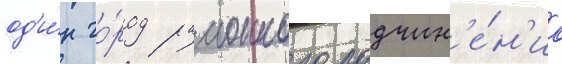
од'и́н го́род раионного подчин'е́н'иа